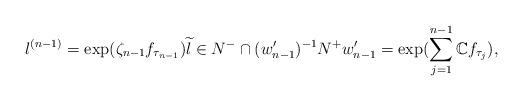
LaTeX: \begin{align*}l^{(n-1)}=\exp(\zeta_{n-1}f_{\tau_{n-1}})\widetilde l \in N^-\cap(w_{n-1}')^{-1}N^+w_{n-1}'=\exp(\sum_{j=1}^{n-1}\mathbb Cf_{\tau_j}),\end{align*}